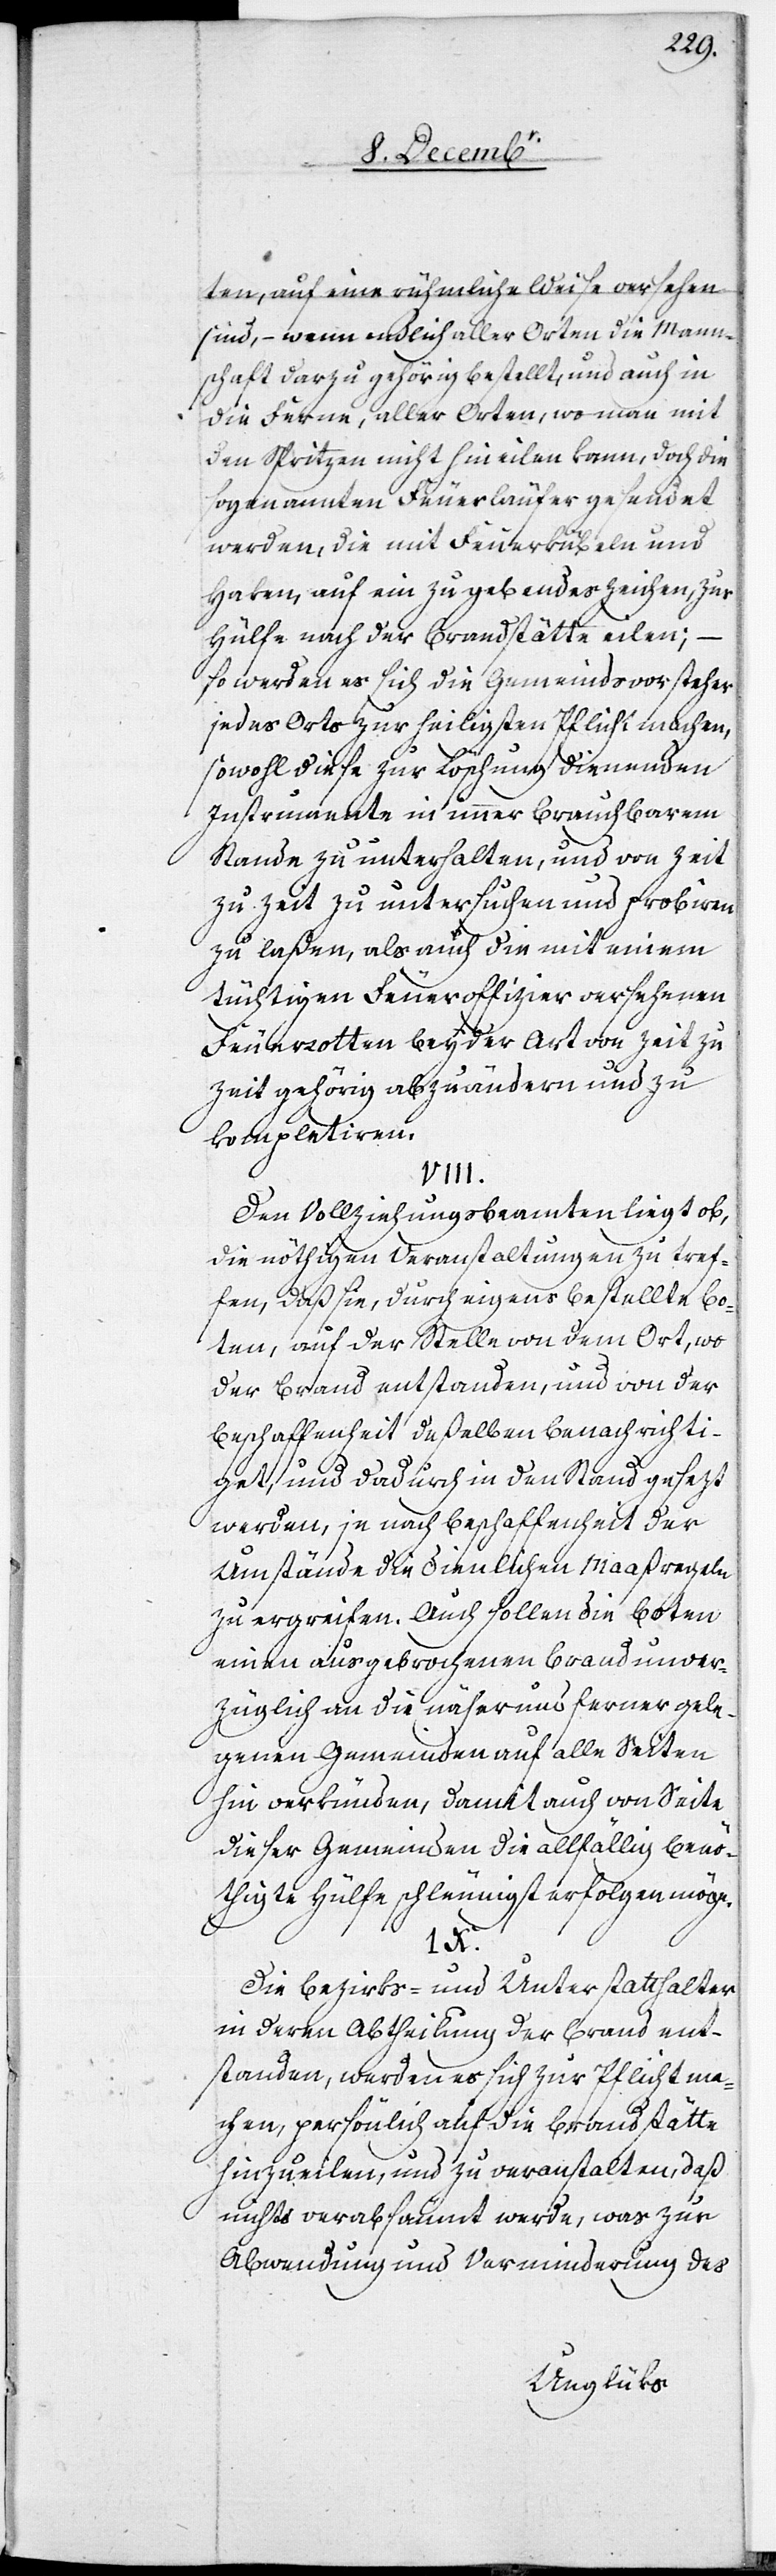
ten, auf eine rühmliche Weise versehen
sind, – wenn endlich aller Orten die Mann¬
schaft darzu gehörig bestellt, und auch in
die Ferne, aller Orten, wo man mit
den Spritzen nicht hin eilen kann, doch die
sogenannten Feuerläufer gesendet
werden, die mit Feuerkübeln und
Haken, auf ein zu gebendes Zeichen, zur
Hülfe nach der Brandstätte eilen; –
so werden es sich die Gemeindsvorsteher
jedes Orts zur heiligsten Pflicht machen,
sowohl diese zur Löschung dienenden
Instrumente in immer brauchbarem
Stande zu unterhalten, und von Zeit
zu Zeit zu untersuchen und probiren
zu laßen, als auch die mit einem
tüchtigen Feueroffizier versehenen
Feuerrotten bey der Art von Zeit zu
Zeit gehörig abzuändern und zu
kompletiren.
Den Vollziehungsbeamten liegt ob,
die nöthigen Veranstaltungen zu tref¬
fen, daß sie, durch eigens bestellte Bo¬
ten, auf der Stelle von dem Ort, wo
der Brand entstanden, und von der
Beschaffenheit deßelben benachrichti¬
get, und dadurch in den Stand gesezt
werden, je nach Beschaffenheit der
Umstände die dienlichen Maaßregeln
zu ergreifen. Auch sollen die Boten
einen ausgebrochenen Brand unver¬
züglich an die näher und ferner gele¬
genen Gemeinden auf alle Seiten
hin verkünden, damit auch von Seite
dieser Gemeinden die allfällig benö¬
thigte Hülfe schleunigst erfolgen möge.
Die Bezirks- und Unterstatthalter
in deren Abtheilung der Brand ent¬
standen, werden es sich zur Pflicht ma¬
chen, persönlich auf die Brandstätte
hinzueilen, und zu veranstalten, daß
nichts verabsäumt werde, was zur
Abwendung und Verminderung des